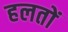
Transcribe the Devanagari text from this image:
हलतों